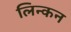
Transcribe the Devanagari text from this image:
लिन्कन